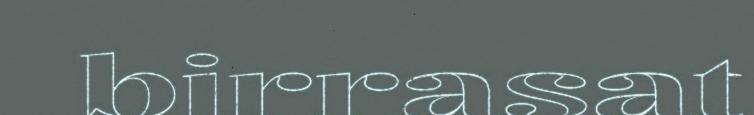
birrasat